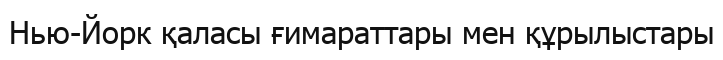
Нью-Йорк қаласы ғимараттары мен құрылыстары